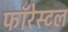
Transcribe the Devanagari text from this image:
फॉरेस्टल